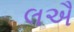
લઐ